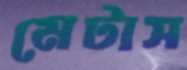
মেটাস